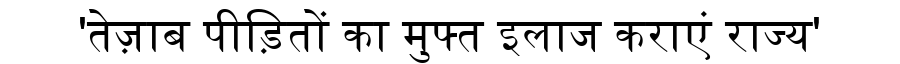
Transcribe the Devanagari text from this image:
'तेज़ाब पीड़ितों का मुफ्त इलाज कराएं राज्य'